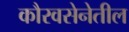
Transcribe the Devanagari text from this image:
कौरवसेनेतील